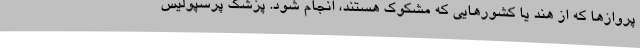
پروازها که از هند یا کشورهایی که مشکوک هستند، انجام شود. پزشک پرسپولیس